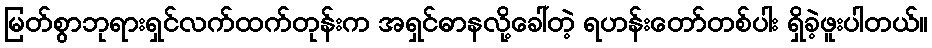
မြတ်စွာဘုရားရှင်လက်ထက်တုန်းက အရှင်ဓာနလို့ခေါ်တဲ့ ရဟန်းတော်တစ်ပါး ရှိခဲ့ဖူးပါတယ်။